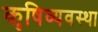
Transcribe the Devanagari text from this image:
कृषिव्‍यवस्था